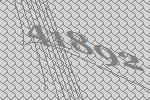
41892